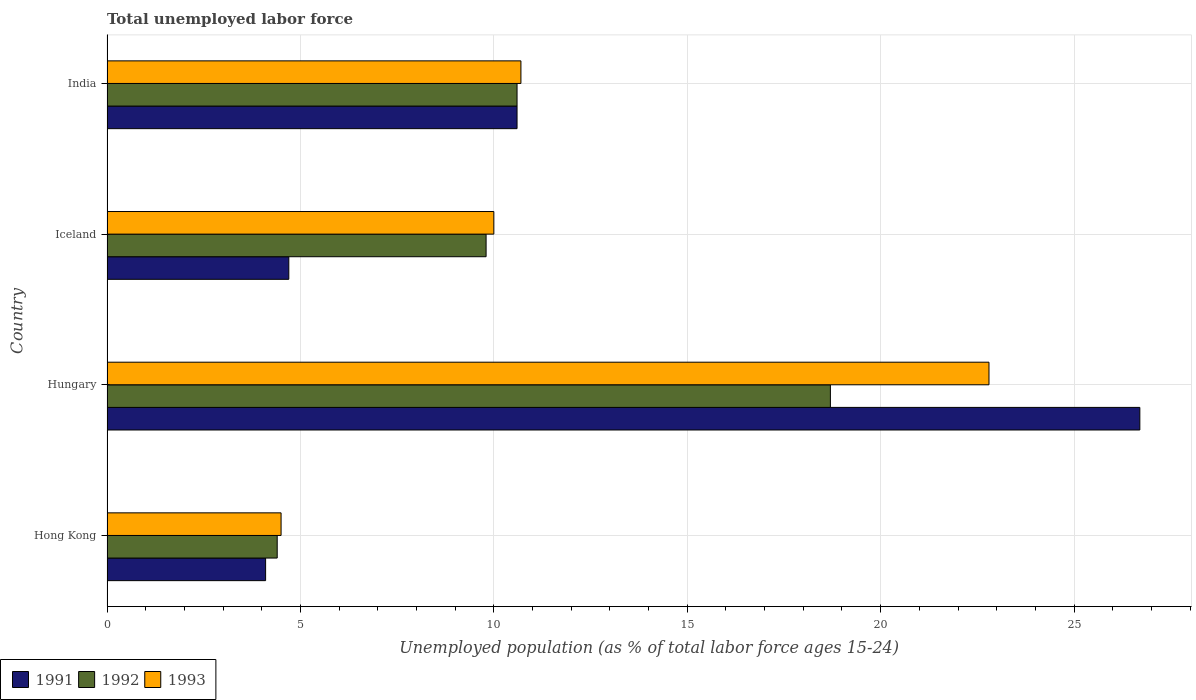
| Country | 1991 | 1992 | 1993 |
 | --- | --- | --- | --- |
 | Hong Kong | 4.1 | 4.4 | 4.5 |
 | Hungary | 26.7 | 18.7 | 22.8 |
 | Iceland | 4.7 | 9.8 | 10 |
 | India | 10.6 | 10.6 | 10.7 |